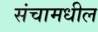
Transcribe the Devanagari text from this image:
संचामधील